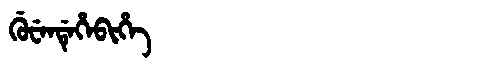
Manchu: ᡤᡠᠸᡝᠨᡩᡝᡥᡝᠪᡳᡥᡝ
Romanization: GUWENDEHEBIHE